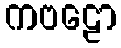
ကဗဠော